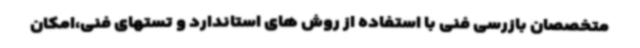
متخصصان بازرسی فنی با استفاده از روش های استاندارد و تستهای فنی،امکان